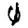
Digit: 0